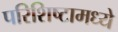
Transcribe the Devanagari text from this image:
परिशिष्टामध्ये